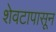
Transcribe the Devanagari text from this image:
शेवटापासून